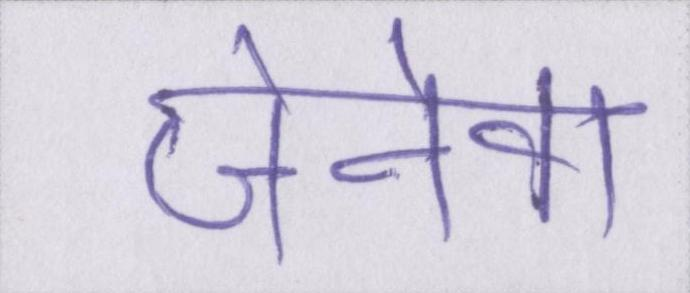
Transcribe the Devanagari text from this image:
जेनेवा